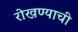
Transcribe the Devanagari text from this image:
रोखण्याची